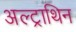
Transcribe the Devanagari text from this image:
अल्ट्राथिन